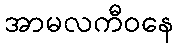
အာမလကီဝနေ